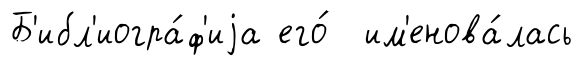
Б'ибл'иогра́ф'иjа его́ им'енова́лась